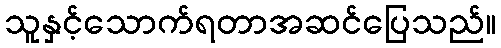
သူနှင့်သောက်ရတာအဆင်ပြေသည်။